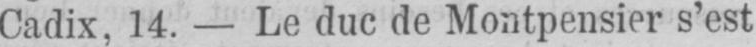
Cadix, 14. - Le duc de Montpensier s’est